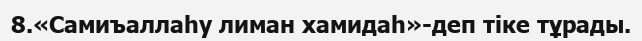
8.«Самиъаллаһу лиман хамидаһ»-деп тіке тұрады.